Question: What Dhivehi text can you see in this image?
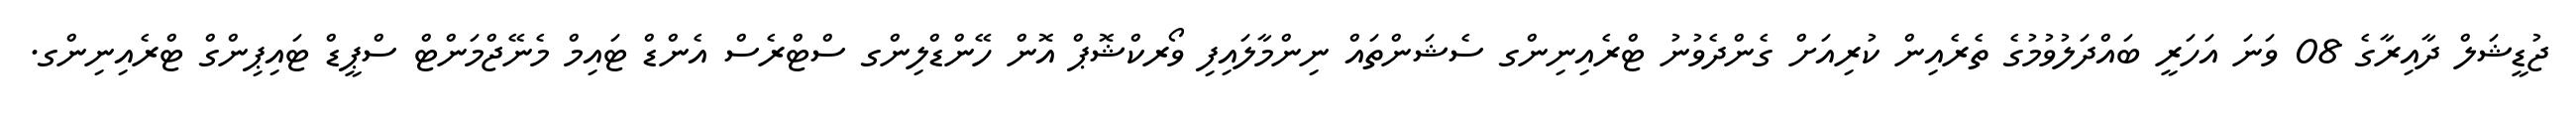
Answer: ޖުޑީޝަލް ދާއިރާގެ 08 ވަނަ އަހަރީ ބައްދަލުވުމުގެ ތެރެއިން ކުރިއަށް ގެންދެވުނު ޓްރެއިނިންގ ސެޝަންތައް ނިންމާލައިފި ވޯރކްޝޮޕް އޮން ހޭންޑްލިންގ ސްޓްރެސް އެންޑް ޓައިމް މެނޭޖްމަންޓް ސްޕީޑް ޓައިޕިންގް ޓްރެއިނިންގ.